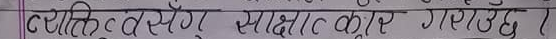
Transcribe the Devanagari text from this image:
व्यक्ति सँग साक्षात्कार गराउछ्‌ ।